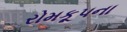
રોમકૂપના